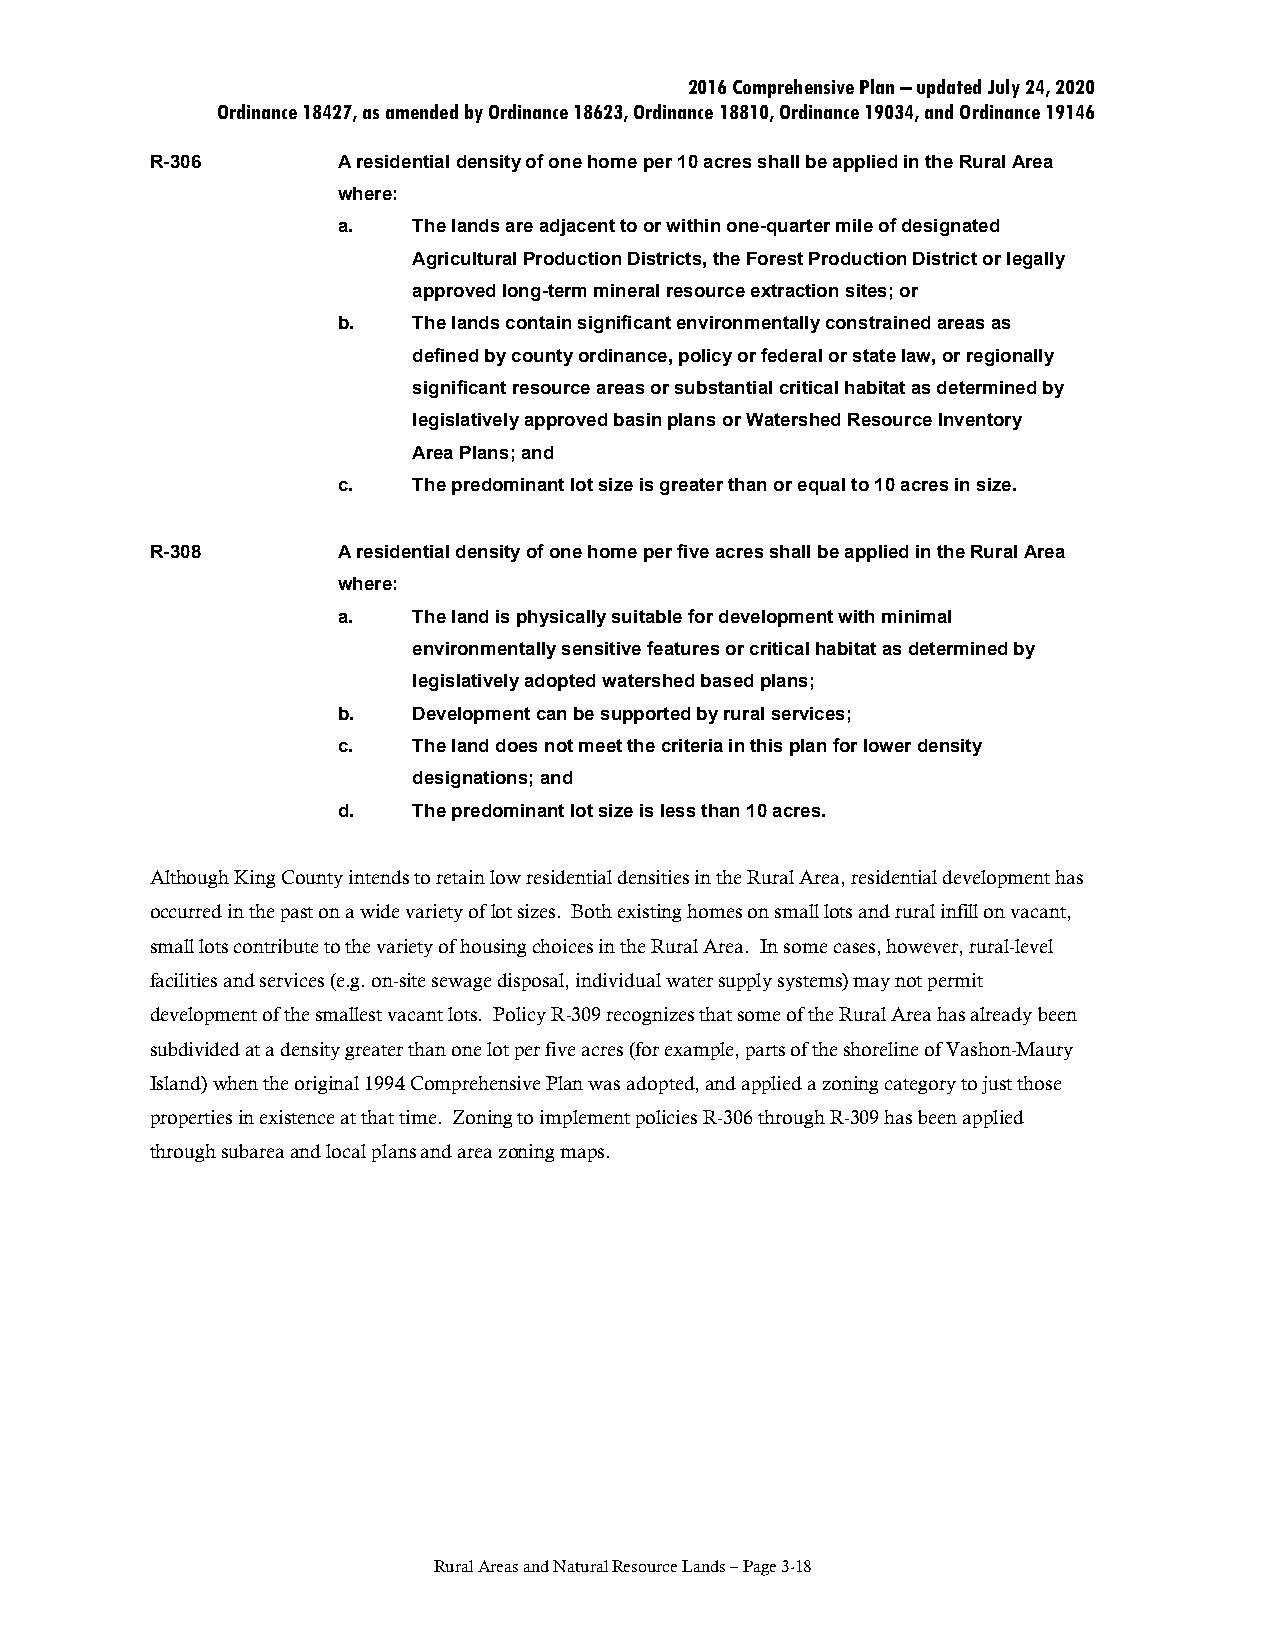
2016 Comprehensive Plan – updated July 24, 2020
 Ordinance 18427, as amended by Ordinance 18623, Ordinance 18810, Ordinance 19034, and Ordinance 19146
 R-306       A residential density of one home per 10 acres shall be applied in the Rural Area
 where:
 a.   The lands are adjacent to or within one-quarter mile of designated
 Agricultural Production Districts, the Forest Production District or legally
 approved long-term mineral resource extraction sites; or
 b.   The lands contain significant environmentally constrained areas as
 defined by county ordinance, policy or federal or state law, or regionally
 significant resource areas or substantial critical habitat as determined by
 legislatively approved basin plans or Watershed Resource Inventory
 Area Plans; and
 c.   The predominant lot size is greater than or equal to 10 acres in size.
 R-308       A residential density of one home per five acres shall be applied in the Rural Area
 where:
 a.   The land is physically suitable for development with minimal
 environmentally sensitive features or critical habitat as determined by
 legislatively adopted watershed based plans;
 b.   Development can be supported by rural services;
 c.   The land does not meet the criteria in this plan for lower density
 designations; and
 d.   The predominant lot size is less than 10 acres.
 Although King County intends to retain low residential densities in the Rural Area, residential development has
 occurred in the past on a wide variety of lot sizes. Both existing homes on small lots and rural infill on vacant,
 small lots contribute to the variety of housing choices in the Rural Area. In some cases, however, rural-level
 facilities and services (e.g. on-site sewage disposal, individual water supply systems) may not permit
 development of the smallest vacant lots. Policy R-309 recognizes that some of the Rural Area has already been
 subdivided at a density greater than one lot per five acres (for example, parts of the shoreline of Vashon-Maury
 Island) when the original 1994 Comprehensive Plan was adopted, and applied a zoning category to just those
 properties in existence at that time. Zoning to implement policies R-306 through R-309 has been applied
 through subarea and local plans and area zoning maps.
 Rural Areas and Natural Resource Lands – Page 3-18